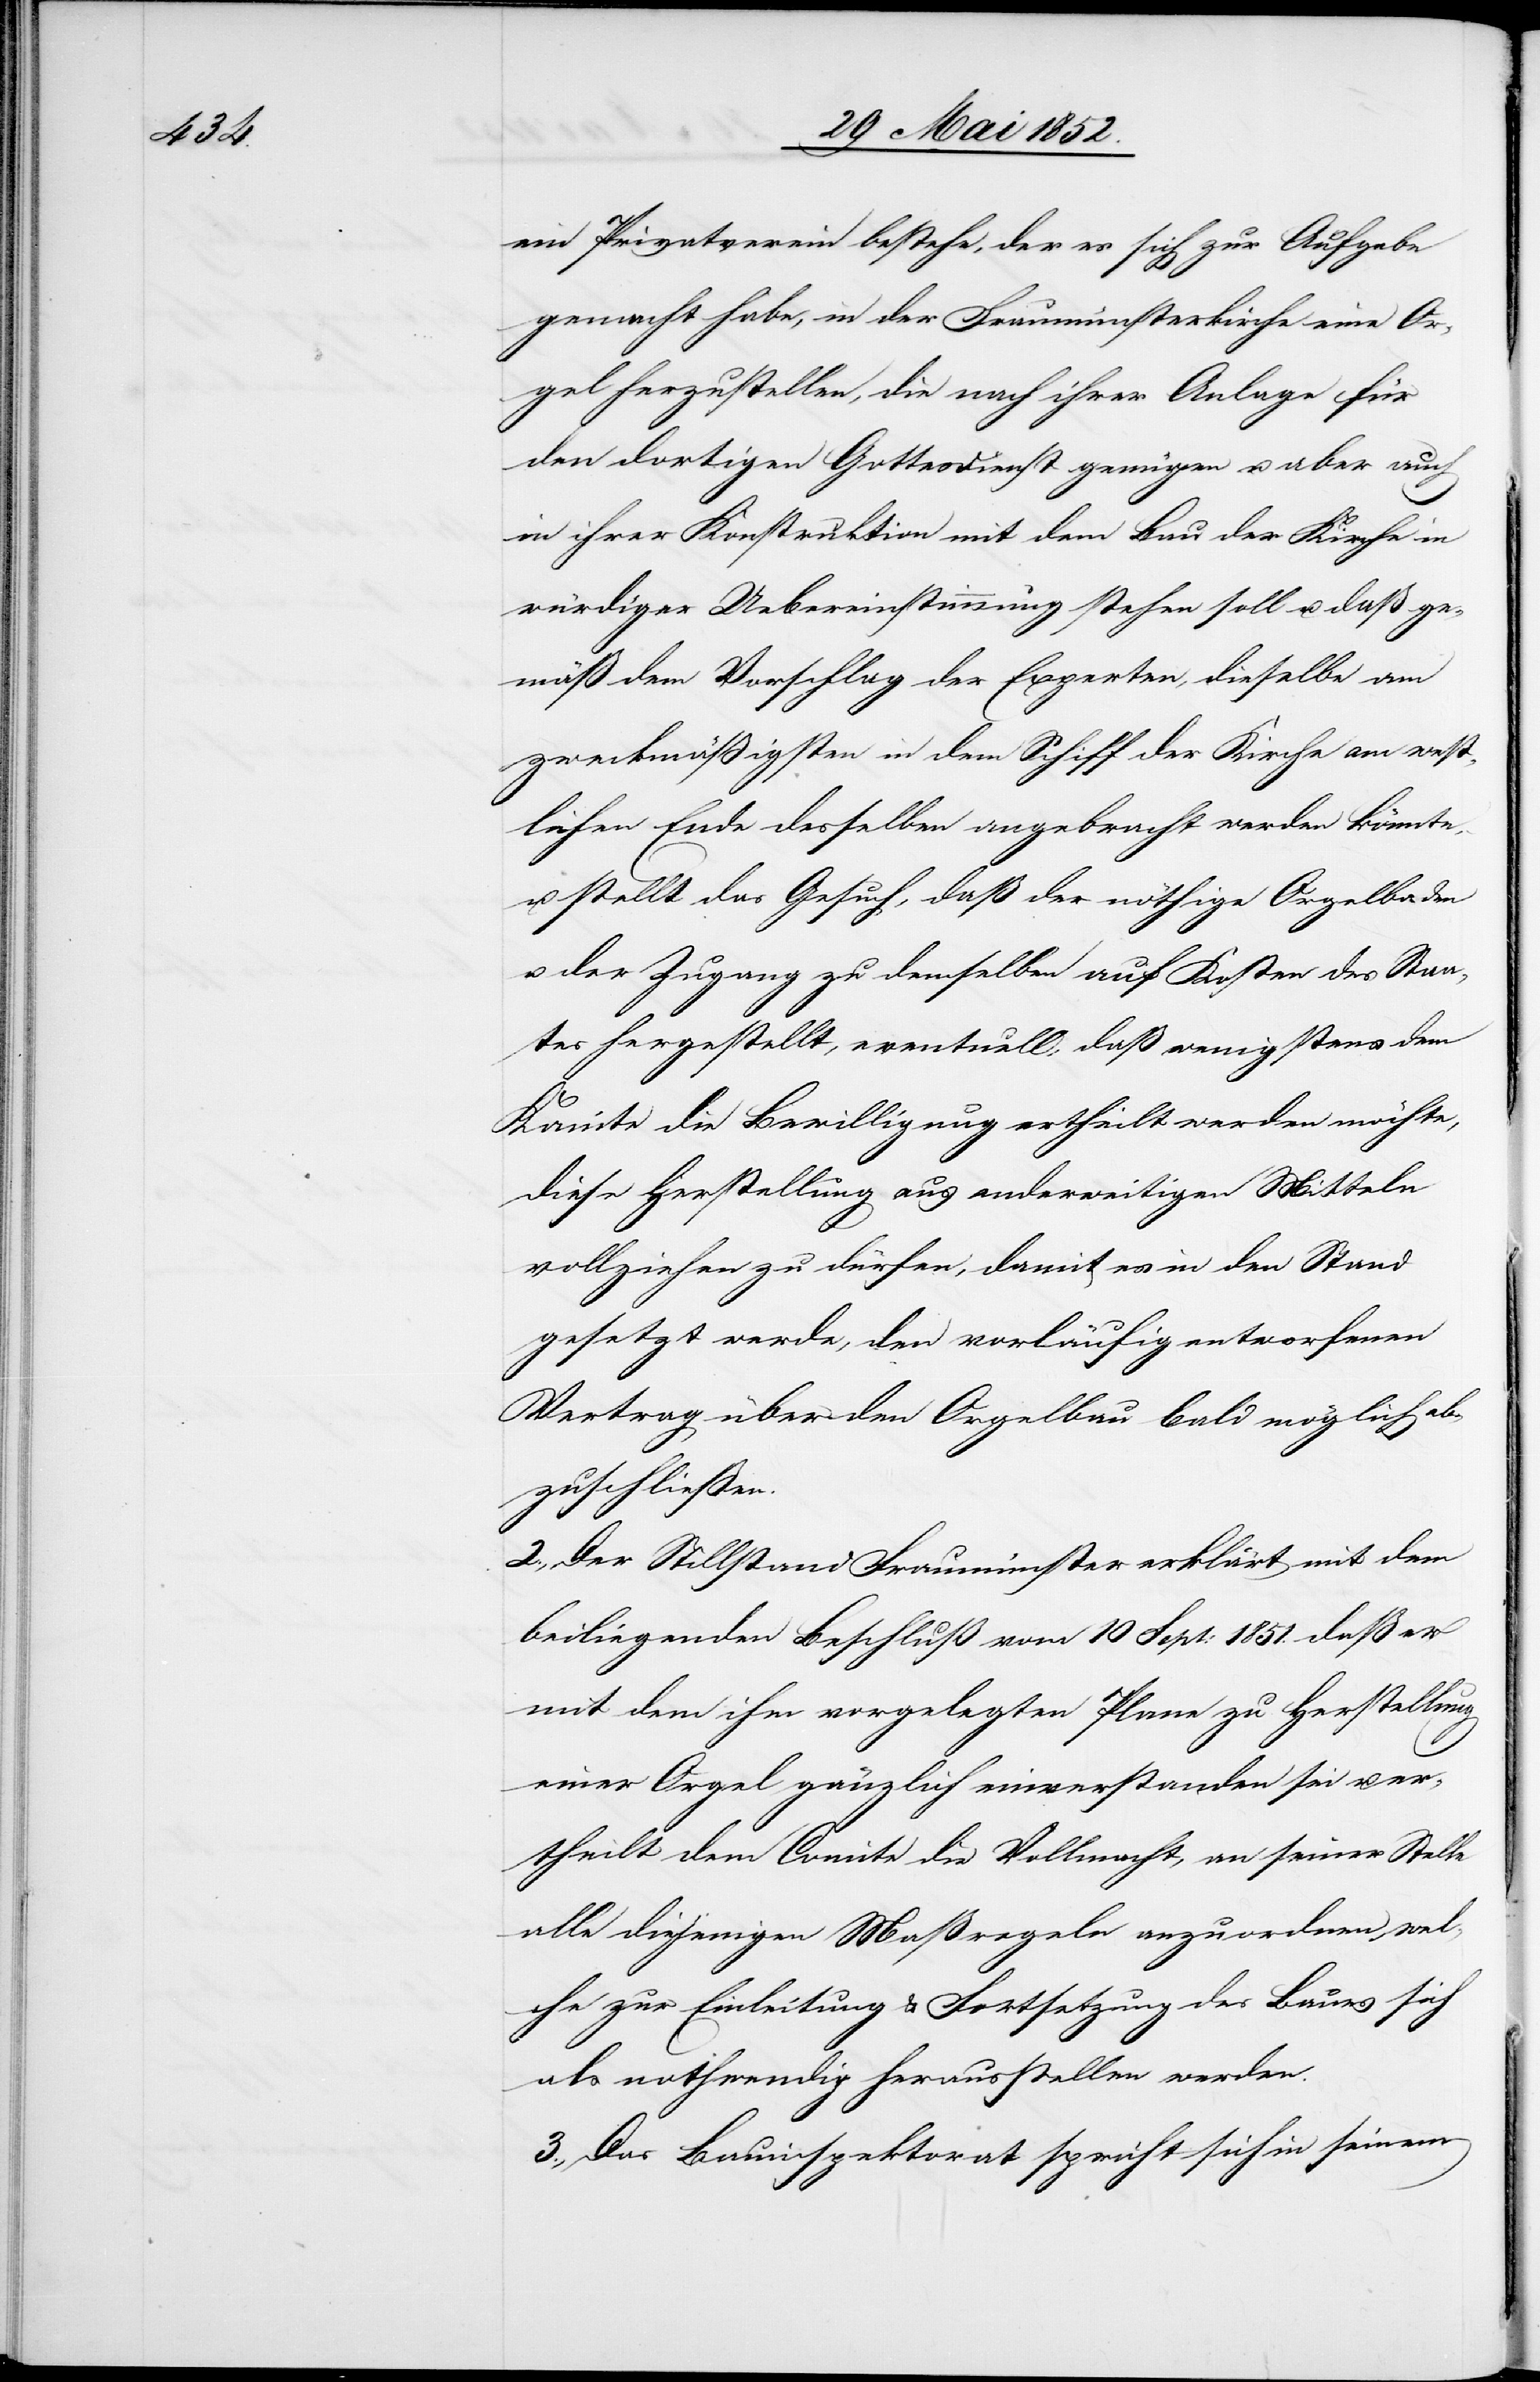
ein Privatverein bestehe, der es sich zur Aufgabe
gemacht habe, in der Fraumünsterkirche eine Or¬
gel herzustellen, die nach ihrer Anlage für
den dortigen Gottesdienst genügen u. aber auch
in ihrer Konstruktion mit dem Bau der Kirche in
würdiger Uebereinstimmung stehen soll u. daß ge¬
mäß dem Vorschlag der Experten, dieselbe am
zweckmäßigsten in dem Schiff der Kirche am west¬
lichen Ende desselben angebracht werden könnte,
u. stellt das Gesuch, daß der nöthige Orgelboden
u. der Zugang zu demselben auf Kosten des Staa¬
tes hergestellt, eventuell, daß wenigstens dem
Komite die Bewilligung ertheilt werden möchte,
diese Herstellung aus anderweitigen Mitteln
vollziehen zu dürfen, damit es in den Stand
gesetzt werde, den vorläufig entworfenen
Vertrag über den Orgelbau bald möglich ab¬
zuschliessen.
2., Der Stillstand Fraumünster erklärt mit dem
beiliegenden Beschluß vom 10 Sept: 1851. daß er
mit dem ihm vorgelegten Plane zu Herstellung
einer Orgel gänzlich einverstanden sei u. er¬
theilt dem Comite die Vollmacht, an seiner Stelle
alle diejenigen Maßregeln anzuordnen, wel¬
che zur Einleitung & Fortsetzung des Baues sich
als nothwendig herausstellen werden.
3., Das Bauinspektorat spricht sich in seinem